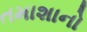
તમાશાનો